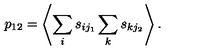
p _ { 1 2 } = \left< \sum _ { i } s _ { i j _ { 1 } } \sum _ { k } s _ { k j _ { 2 } } \right> .